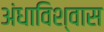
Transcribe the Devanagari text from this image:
अंधाविश्वास